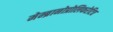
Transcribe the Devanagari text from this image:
मेम्ब्रानोप्रोलिफरेटिव